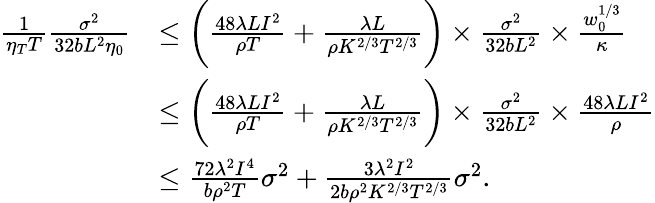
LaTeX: \begin{array}{rl}{\frac{1}{\eta_{T}T}\frac{\sigma^{2}}{32bL^{2}\eta_{0}}}&{\leq\bigg(\frac{48\lambda LI^{2}}{\rho T}+\frac{\lambda L}{\rho K^{2/3}T^{2/3}}\bigg)\times\frac{\sigma^{2}}{32bL^{2}}\times\frac{w_{0}^{1/3}}{\kappa}}\\ &{\leq\bigg(\frac{48\lambda LI^{2}}{\rho T}+\frac{\lambda L}{\rho K^{2/3}T^{2/3}}\bigg)\times\frac{\sigma^{2}}{32bL^{2}}\times\frac{48\lambda LI^{2}}{\rho}}\\ &{\leq\frac{72\lambda^{2}I^{4}}{b\rho^{2}T}\sigma^{2}+\frac{3\lambda^{2}I^{2}}{2b\rho^{2}K^{2/3}T^{2/3}}\sigma^{2}.}\end{array}